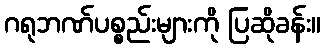
ဂရုဘဏ်ပစ္စည်းများကို ပြဆိုခန်း။